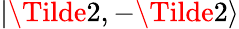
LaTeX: |\Tilde{2},-\Tilde{2}\rangle